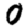
Digit: 0